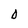
Character: O